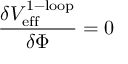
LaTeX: \frac { \delta V _ { \mathrm { e f f } } ^ { \mathrm { 1 - l o o p } } } { \delta \Phi } = 0